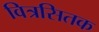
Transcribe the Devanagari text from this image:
वित्रसितक